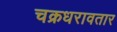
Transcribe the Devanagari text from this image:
चक्रधरावतार